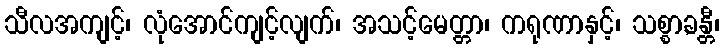
သီလအကျင့်၊ လုံအောင်ကျင့်လျက်၊ အသင့်မေတ္တာ၊ ကရုဏာနှင့်၊ သစ္စာ,ခန္တီ၊